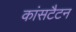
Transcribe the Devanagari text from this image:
कांसटैटन